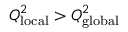
Q _ { \mathrm { l o c a l } } ^ { 2 } > Q _ { \mathrm { g l o b a l } } ^ { 2 }